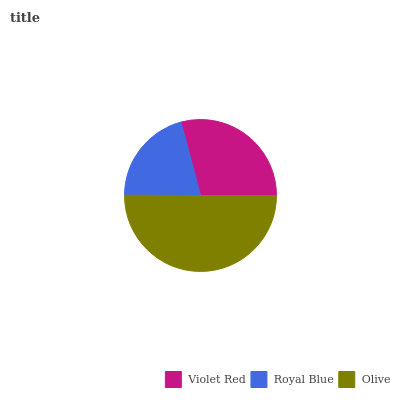
| Violet Red | Royal Blue | Olive |
 | --- | --- | --- |
 | 29.1% | 20.8% | 50.1% |